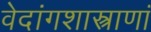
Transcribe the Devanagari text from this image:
वेदांगशास्त्राणां